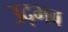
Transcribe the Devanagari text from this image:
उद्‍भव